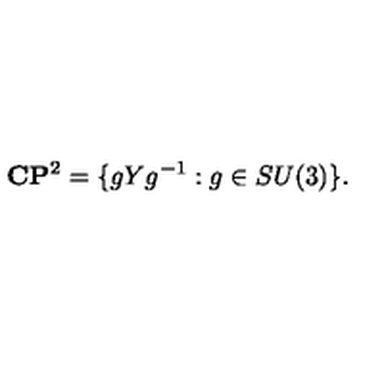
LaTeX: { \bf C } { \bf P } ^ { 2 } = \{ g Y g ^ { - 1 } : g \in S U ( 3 ) \} .